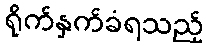
ရိုက်နှက်ခံရသည့်